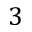
3